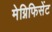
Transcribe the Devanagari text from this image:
मेग्निफिसेंट